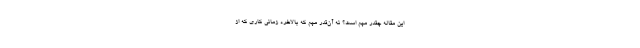
این مقاله چقدر مهم است؟ نه آن‌قدر مهم که بالاخره زمانی کاری که از